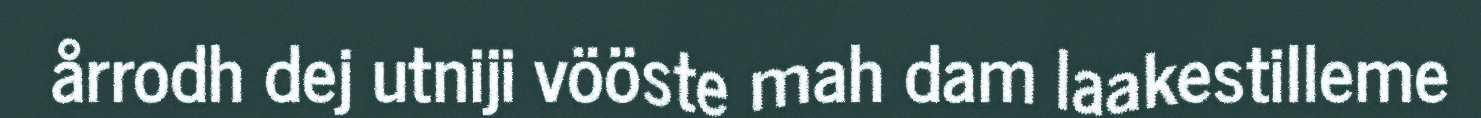
årrodh dej utniji vööste mah dam laakestilleme